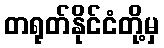
တရုတ်နိုင်ငံတို့မှ